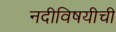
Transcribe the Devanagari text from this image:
नदीविषयीची